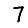
Digit: 7